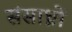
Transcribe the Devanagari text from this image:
संसाध्नों